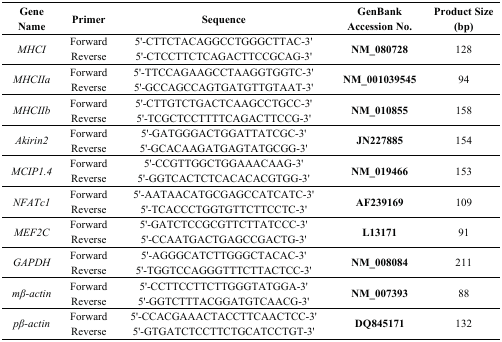
| Gene Name | Primer | Sequence | GenBank Accession No. | Product Size (bp) |
 | --- | --- | --- | --- | --- |
 | <ROWSPAN=2> MHCI | Forward | 5'-CTTCTACAGGCCTGGGCTTAC-3' | <ROWSPAN=2> NM_080728 | <ROWSPAN=2> 128 |
 | Reverse | 5'-CTCCTTCTCAGACTTCCGCAG-3' |
 | <ROWSPAN=2> MHCIIa | Forward | 5'-TTCCAGAAGCCTAAGGTGGTC-3' | <ROWSPAN=2> NM_001039545 | <ROWSPAN=2> 94 |
 | Reverse | 5'-GCCAGCCAGTGATGTTGTAAT-3' |
 | <ROWSPAN=2> MHCIIb | Forward | 5'-CTTGTCTGACTCAAGCCTGCC-3' | <ROWSPAN=2> NM_010855 | <ROWSPAN=2> 158 |
 | Reverse | 5'-TCGCTCCTTTTCAGACTTCCG-3' |
 | <ROWSPAN=2> Akirin2 | Forward | 5'-GATGGGACTGGATTATCGC-3' | <ROWSPAN=2> JN227885 | <ROWSPAN=2> 154 |
 | Reverse | 5'-GCACAAGATGAGTATGCGG-3' |
 | <ROWSPAN=2> MCIP1.4 | Forward | 5'-CCGTTGGCTGGAAACAAG-3' | <ROWSPAN=2> NM_019466 | <ROWSPAN=2> 153 |
 | Reverse | 5'-GGTCACTCTCACACACGTGG-3' |
 | <ROWSPAN=2> NFATc1 | Forward | 5'-AATAACATGCGAGCCATCATC-3' | <ROWSPAN=2> AF239169 | <ROWSPAN=2> 109 |
 | Reverse | 5'-TCACCCTGGTGTTCTTCCTC-3' |
 | <ROWSPAN=2> MEF2C | Forward | 5'-GATCTCCGCGTTCTTATCCC-3' | <ROWSPAN=2> L13171 | <ROWSPAN=2> 91 |
 | Reverse | 5'-CCAATGACTGAGCCGACTG-3' |
 | <ROWSPAN=2> GAPDH | Forward | 5'-AGGGCATCTTGGGCTACAC-3' | <ROWSPAN=2> NM_008084 | <ROWSPAN=2> 211 |
 | Reverse | 5'-TGGTCCAGGGTTTCTTACTCC-3' |
 | <ROWSPAN=2> mβ-actin | Forward | 5'-CCTTCCTTCTTGGGTATGGA-3' | <ROWSPAN=2> NM_007393 | <ROWSPAN=2> 88 |
 | Reverse | 5'-GGTCTTTACGGATGTCAACG-3' |
 | <ROWSPAN=2> pβ-actin | Forward | 5'-CCACGAAACTACCTTCAACTCC-3' | <ROWSPAN=2> DQ845171 | <ROWSPAN=2> 132 |
 | Reverse | 5'-GTGATCTCCTTCTGCATCCTGT-3' |